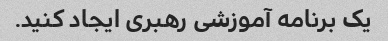
یک برنامه آموزشی رهبری ایجاد کنید.